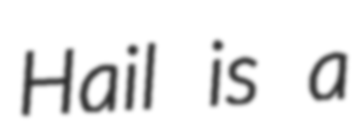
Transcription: Hail is a